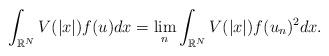
LaTeX: \begin{align*}\int_{\mathbb{R}^{N}}V(|x|) f (u ) dx = \lim_n \int_{\mathbb{R}^{N}}V(|x|) f (u_n )^2 dx.\end{align*}